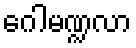
ဂေါမဏ္ဍလာ